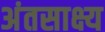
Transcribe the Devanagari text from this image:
अंतसाक्ष्य